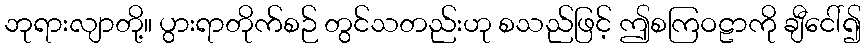
ဘုရားလျာတို့။ ပွားရာတိုက်စဉ် တွင်သတည်းဟု စသည်ဖြင့် ဤစကြဝဠာကို ချီငေါ်၍